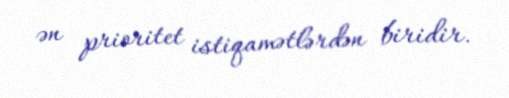
ən prioritet istiqamətlərdən biridir.